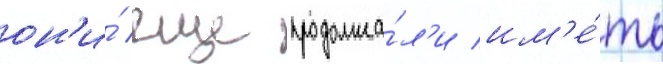
он'и́ еще продолжа́л'и им'е́ть